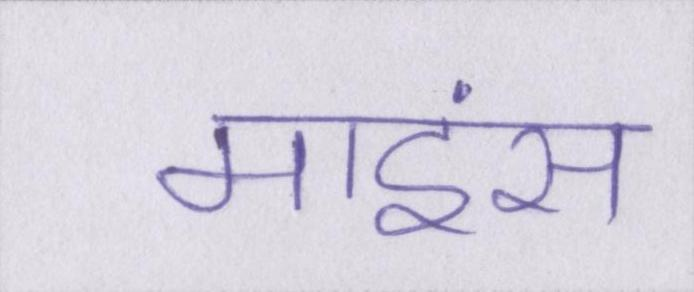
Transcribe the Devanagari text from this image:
माइंस